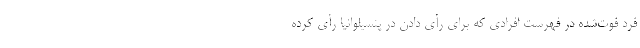
فرد فوت‌شده در فهرست افرادی که برای رأی دادن در پنسیلوانیا رأی کرده